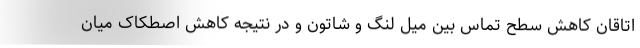
اتاقان کاهش سطح تماس بین میل لنگ و شاتون و در نتیجه کاهش اصطکاک میان